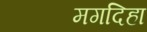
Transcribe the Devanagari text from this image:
मगदिहा